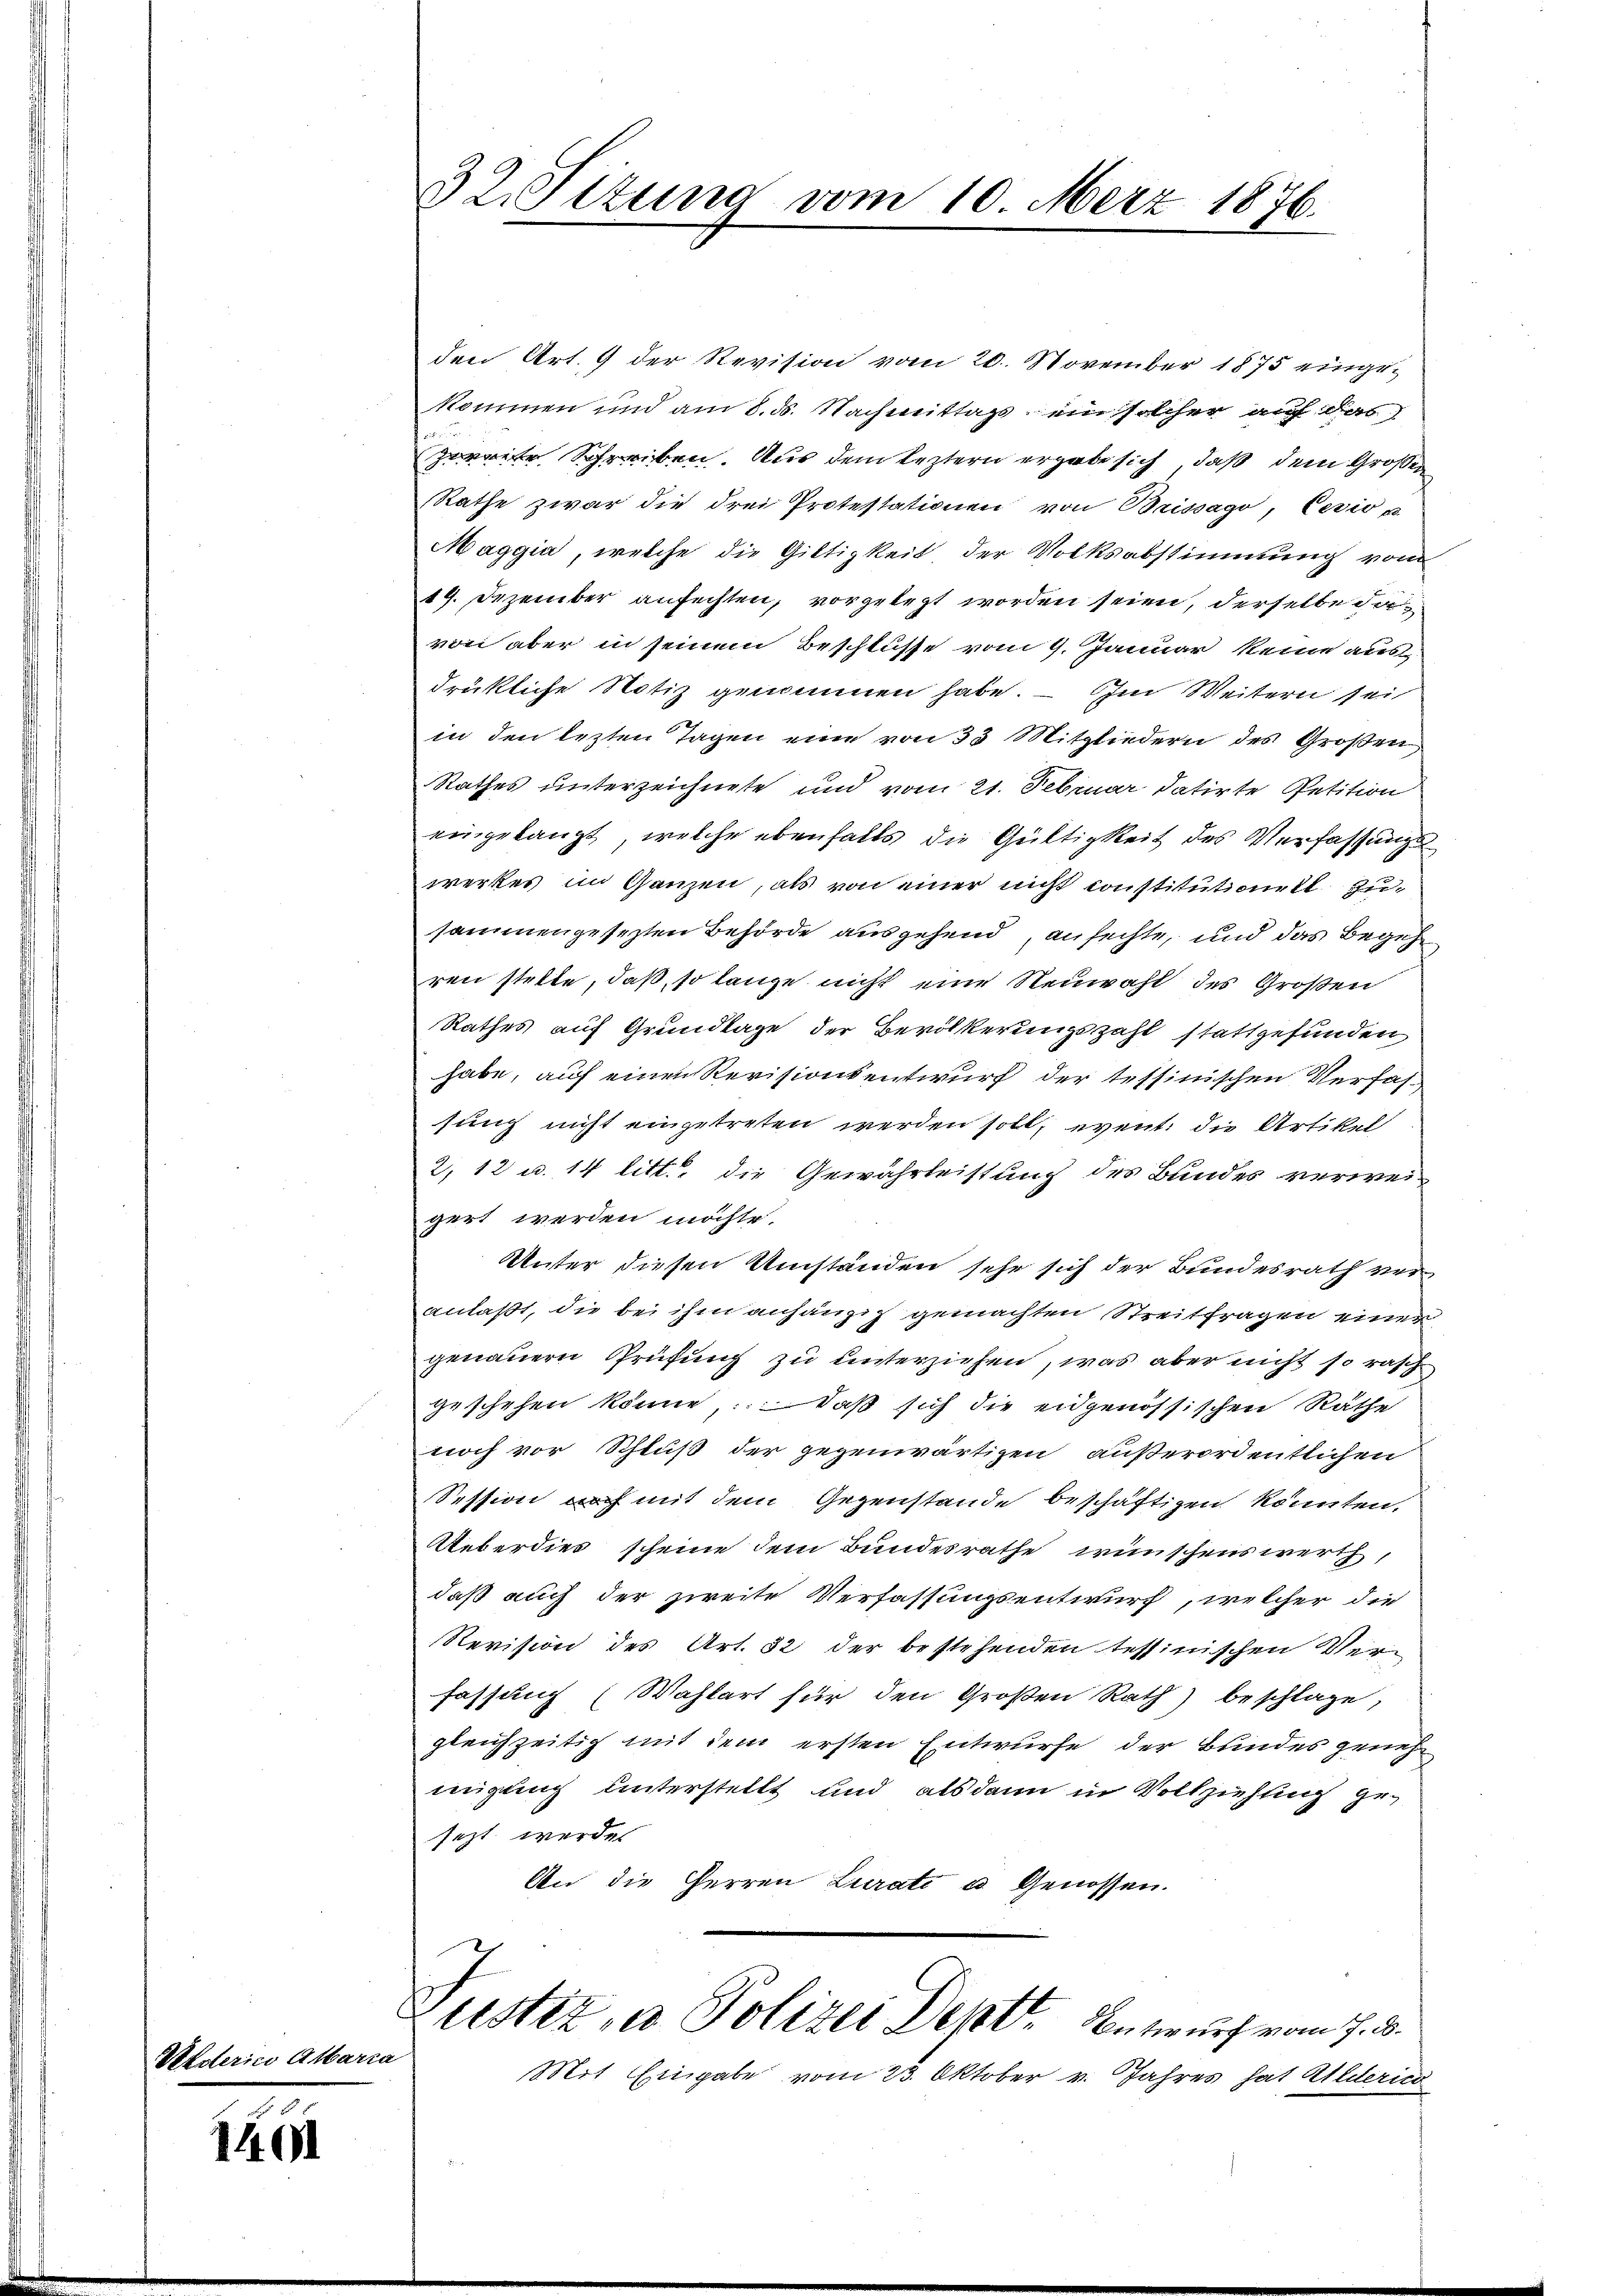
Wederico Alaria

1461

32. Sizung vom 10. Merz 1876.

den Art. 9 der Revision vom 26. November 1875 einge-
kommen und am 8. ds. Nachmittags, ein solcher auf das
zweite Schreiben. Aus dem leztern ergabe sich, daß dem Großen
Rathe zwar die drei Protestationen von Brissago, Cesio u
Maggia, welche die Giltigkeit der Volksabstimmung vom
19. Dezember anfechten, vorgelegt worden seien, derselbe das
von aber in seinem Beschlüsse vom 9. Januar keine aus
drükliche Notiz genommen habe. — Im Weitern sei
in den lezten Tagen eine von 35 Mitgliedern des Großen
Rathes unterzeichnete und vom 21. Februar datirte Petition
eingelangt, welche ebenfalls die Gültigkeit des Verfassungs
werkes im Ganzen, als von einer nicht constitutionel zusammengesezten Behörde ausgehend ansuchte, und das Begeh
ren stelte, daß, so lange nicht eine Neuwahl des Großen
Rathes auf Grundlage der Bevölkerungszahl stattgefunden
habe, auf einen Revisionsentwurf der tessinischen Verfas-
sung nicht eingetreten werden soll, event. die Artikel
2, 12 u. 14 litt. die Gewährleistung des Bundes verweigert werden möchte.
Unter diesen Umständen sehe sich der Bundesrath veranlaßt, die bei ihm anhängig gemachten Streitfragen einer
genauern Prüfung zu unterziehen, was aber nicht so rasch
geschehen könne: daß sich die eidgenössischen Räthe
noch vor Schluß der gegenwärtigen außerordentlichen
Session noch mit dem Gegenstände beschäftigen könnten.
Ueberdies scheine dem Bundesrathe wünschenswerth,
daß auch der zweite Verfassungsentwurf, welcher die
Revision des Art. 32 der bestehenden tessinischen Ver-
fassung (Wahlart für den Großen Rath) beschlage,
gleichzeitig mit dem ersten Entwurfe der Bundes geneh
nigung unterstellt und alsdann in Vollziehung gesezt werden
An die Herren Lurati u. Genossen.
Justiz, u. Polizei Dept. Entwurf vom 7. d.
Mit Eingabe vom 23. Oktober v. Jahres hat Alderico